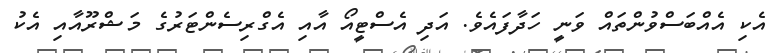
އެކި އެއްބަސްވުންތައް ވަނީ ހަދާފައެވެ. އަދި އެސްޓީއޯ އާއި އެގްރިސެންޓަރުގެ މަޝްރޫއާއި އެކު